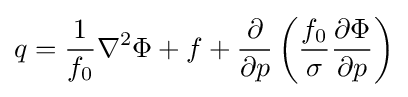
{q={{{1 \over f_{0}}{\nabla ^{2}\Phi }}+{f}+{{\partial  \over \partial p}\left({{f_{0} \over \sigma }{\partial \Phi  \over \partial p}}\right)}}}